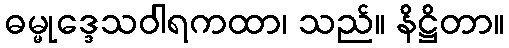
ဓမ္မုဒ္ဒေသဝါရကထာ၊ သည်။ နိဋ္ဌိတာ။